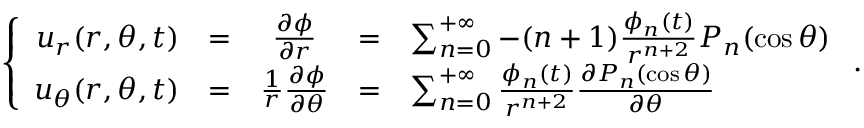
\left\{ \begin{array} { r c c c l } { u _ { r } ( r , \theta , t ) } & { = } & { \frac { \partial \phi } { \partial r } } & { = } & { \sum _ { n = 0 } ^ { + \infty } - ( n + 1 ) \frac { \phi _ { n } ( t ) } { r ^ { n + 2 } } P _ { n } ( \cos \theta ) } \\ { u _ { \theta } ( r , \theta , t ) } & { = } & { \frac { 1 } { r } \frac { \partial \phi } { \partial \theta } } & { = } & { \sum _ { n = 0 } ^ { + \infty } \frac { \phi _ { n } ( t ) } { r ^ { n + 2 } } \frac { \partial P _ { n } ( \cos \theta ) } { \partial \theta } } \end{array} \right. .